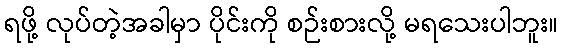
ရဖို့ လုပ်တဲ့အခါမှာ ပိုင်းကို စဉ်းစားလို့ မရသေးပါဘူး။